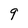
Character: 9